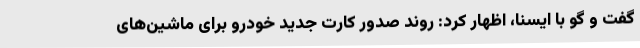
گفت و گو با ایسنا، اظهار کرد: روند صدور کارت جدید خودرو برای ماشین‌های